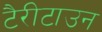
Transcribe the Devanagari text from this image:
टैरीटाउन